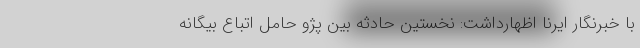
با خبرنگار ایرنا اظهارداشت: نخستین حادثه بین پژو حامل اتباع بیگانه